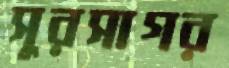
সুরসাগর